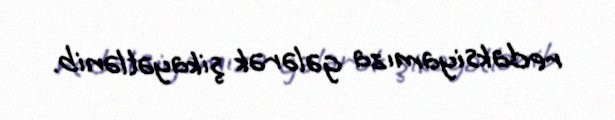
redaksiyamıza gələrək şikayətlənib.